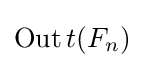
\operatorname {Out} t(F_{n})